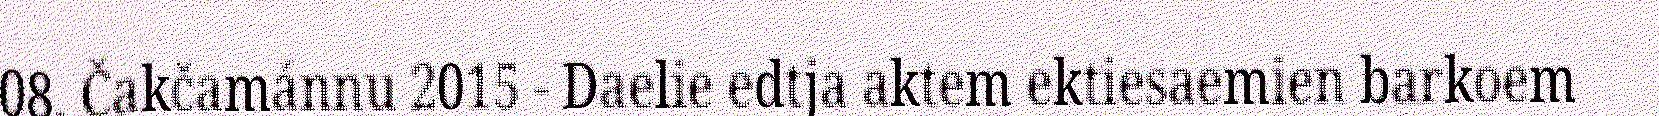
08. Čakčamánnu 2015 - Daelie edtja aktem ektiesaemien barkoem